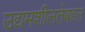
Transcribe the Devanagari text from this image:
उद्यमशीलतेबद्द्ल